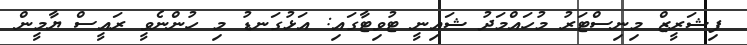
ފިޝަރީޒް މިނިސްޓަރު މުހައްމަދު ޝައިނީ ޓުވިޓާގައި: އަޅުގަނޑު މި ހުންނެވީ ރައީސް ޔާމީން